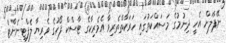
ނޭޕާލަށް އެހީ ދިނުމުގެ މަސައްކަތުގައި ހަރަކާތްތެރިވާ އެމެރިކާގެ ޓާސްކް ފޯހުގެ ވެރިޔާ ލެފްޓިނެންޓް